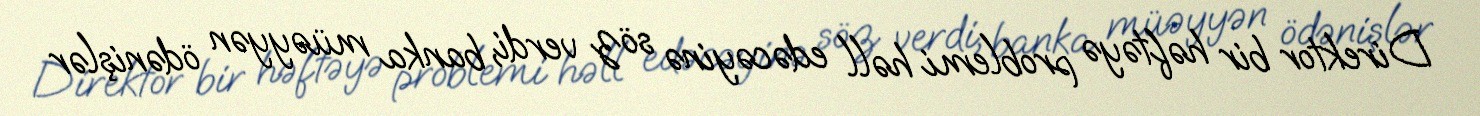
Direktor bir həftəyə problemi həll edəcəyinə söz verdi, banka müəyyən ödənişlər